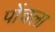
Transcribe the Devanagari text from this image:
पोंचला